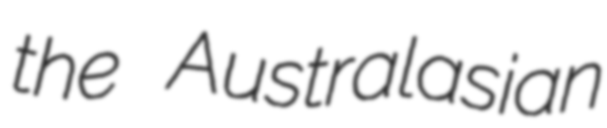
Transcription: the Australasian